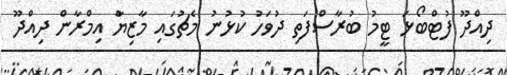
ދިއްދޫ ފުޓްބޯޅަ ޓީީމު ބުރާސްފަތި ދުވަހު ކުޅުނު މެޗުގައި މާޒިޔާު އިމްރާން ދިއްދޫ